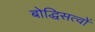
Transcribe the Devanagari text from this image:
बोद्धिसत्वों